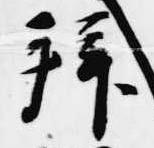
拝